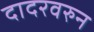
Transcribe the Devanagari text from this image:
दादरवरुन